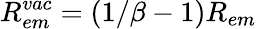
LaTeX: R_{em}^{vac}=(1/\beta-1)R_{em}